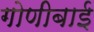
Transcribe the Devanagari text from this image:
गोणीबाई